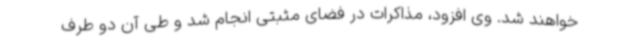
خواهند شد. وی افزود، مذاکرات در فضای مثبتی انجام شد و طی آن دو طرف